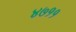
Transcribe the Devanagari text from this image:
४७११